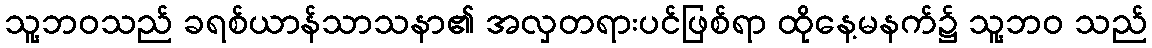
သူ့ဘဝသည် ခရစ်ယာန်သာသနာ၏ အလှတရားပင်ဖြစ်ရာ ထိုနေ့မနက်၌ သူ့ဘဝ သည်